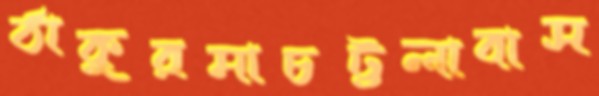
ঠাকুরমাচট্টলাবাস